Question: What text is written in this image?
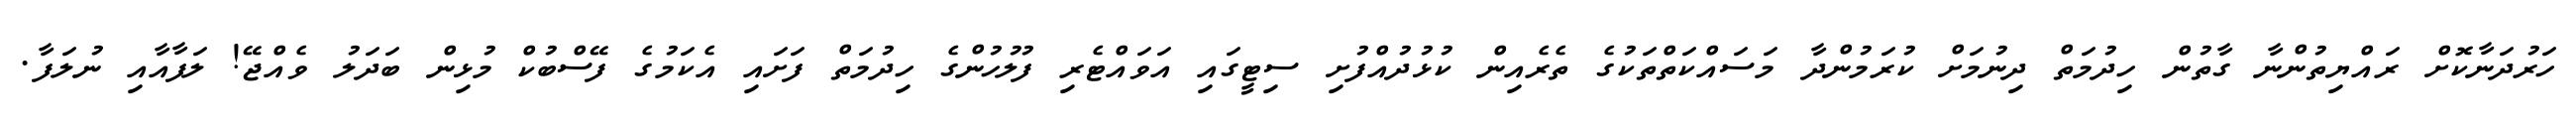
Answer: ހަރުދަނާކޮށް ރައްޔިތުންނާ ގާތުން ހިދުމަތް ދިނުމަށް ކުރަމުންދާ މަސައްކަތްތަކުގެ ތެރެއިން ކުޅުދުއްފުށި ސިޓީގައި އަވައްޓެރި ފުލުހުންގެ ހިދުމަތް ފަށައި އެކަމުގެ ފޭސްބުކް މުޅިން ބަދަލު ވެއްޖޭ! ލަފާއާއި ނުލަފާ.